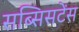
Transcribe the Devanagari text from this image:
सब्सिसटेंस